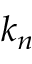
k _ { n }